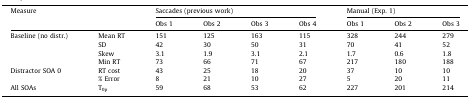
<table><thead><tr><td rowspan="2" colspan="2"><b>Measure</b></td><td colspan="4"><b>Saccades (previous work)</b></td><td colspan="3"><b>Manual (Exp. 1)</b></td></tr><tr><td><b>Obs 1</b></td><td><b>Obs 2</b></td><td><b>Obs 3</b></td><td><b>Obs 4</b></td><td><b>Obs 1</b></td><td><b>Obs 2</b></td><td><b>Obs 3</b></td></tr></thead><tbody><tr><td rowspan="4">Baseline (no distr.)</td><td>Mean RT</td><td>151</td><td>125</td><td>163</td><td>115</td><td>328</td><td>244</td><td>279</td></tr><tr><td>SD</td><td>42</td><td>30</td><td>50</td><td>31</td><td>70</td><td>41</td><td>52</td></tr><tr><td>Skew</td><td>3.1</td><td>1.9</td><td>3.1</td><td>2.1</td><td>1.7</td><td>0.6</td><td>1.8</td></tr><tr><td>Min RT</td><td>73</td><td>66</td><td>71</td><td>67</td><td>217</td><td>180</td><td>188</td></tr><tr><td rowspan="2">Distractor SOA 0</td><td>RT cost</td><td>43</td><td>25</td><td>18</td><td>20</td><td>37</td><td>10</td><td>10</td></tr><tr><td>% Error</td><td>8</td><td>21</td><td>10</td><td>27</td><td>5</td><td>20</td><td>11</td></tr><tr><td>All SOAs</td><td>T<sub>0p</sub></td><td>59</td><td>68</td><td>53</td><td>62</td><td>227</td><td>201</td><td>214</td></tr></tbody></table>